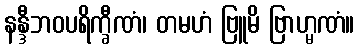
နန္ဒီဘဝပရိက္ခီဏံ၊ တမဟံ ဗြူမိ ဗြာဟ္မဏံ။